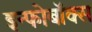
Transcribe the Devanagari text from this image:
इन्फोबॉक्स